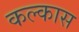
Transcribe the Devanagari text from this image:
कल्कास